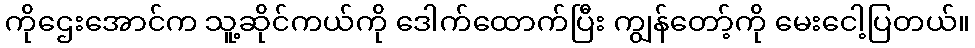
ကိုဌေးအောင်က သူ့ဆိုင်ကယ်ကို ဒေါက်ထောက်ပြီး ကျွန်တော့်ကို မေးငေါ့ပြတယ်။